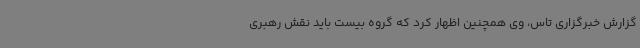
گزارش خبرگزاری تاس، وی همچنین اظهار کرد که گروه بیست باید نقش رهبری